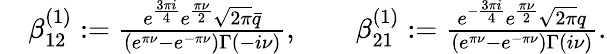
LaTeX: \begin{array}{rl}&{\beta_{12}^{(1)}:=\frac{e^{\frac{3\pi i}{4}}e^{\frac{\pi\nu}{2}}\sqrt{2\pi}\bar{q}}{(e^{\pi\nu}-e^{-\pi\nu})\Gamma(-i\nu)},\qquad\beta_{21}^{(1)}:=\frac{e^{-\frac{3\pi i}{4}}e^{\frac{\pi\nu}{2}}\sqrt{2\pi}q}{(e^{\pi\nu}-e^{-\pi\nu})\Gamma(i\nu)}.}\end{array}